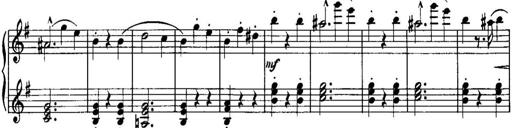
Title: Piano Sonatina No.1, Op.146
Composer: Stephen Heller